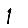
Digit: 1